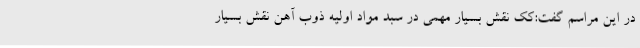
در این مراسم گفت:کک نقش بسیار مهمی در سبد مواد اولیه ذوب آهن نقش بسیار